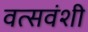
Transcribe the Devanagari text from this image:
वत्सवंशी